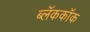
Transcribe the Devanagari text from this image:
ब्लॅककॉक